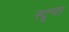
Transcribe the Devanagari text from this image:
स्टूप्स